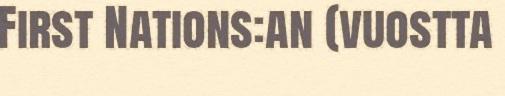
First Nations:an (vuostta